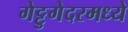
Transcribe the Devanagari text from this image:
गेट्टुगेदरमध्ये